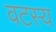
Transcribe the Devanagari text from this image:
वटस्य